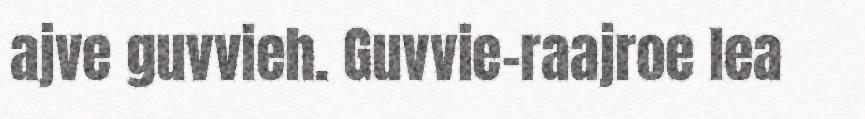
ajve guvvieh. Guvvie-raajroe lea